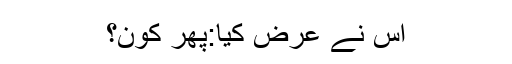
اس نے عرض کیا:پھر کون؟